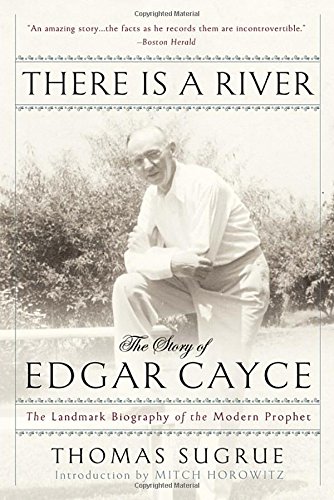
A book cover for There Is a River: The Story of Edgar Cayce; Thomas Sugrue; Christian Books & Bibles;